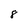
Character: 8